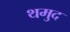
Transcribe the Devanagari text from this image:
थमुद